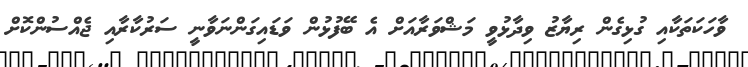
ވާހަކަތަކާއި ގުޅިގެން ރިޔާޒު ވިދާޅުވީ މަޝްވަރާއަށް އެ ބޭފުުޅުން ވަޑައިގަންނަވާނީ ސަރުކާރާއި ޖެއްސުންކޮށް